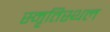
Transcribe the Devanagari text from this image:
स्मृतिस्थल